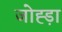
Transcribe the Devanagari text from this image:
जोह्ड़ा